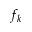
f _ { k }